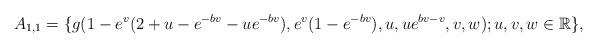
LaTeX: \begin{align*} A_{1,1}=\{g(1-e^{v}(2+u-e^{-bv}-ue^{-bv}),e^{v}(1-e^{-bv}),u,ue^{bv-v},v,w); u, v, w \in \mathbb R\}, \end{align*}